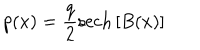
p ( x ) = { \frac { q } { 2 } } \mathrm { s e c h } \left[ B ( x ) \right]